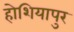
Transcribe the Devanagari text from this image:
होशियापुर